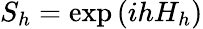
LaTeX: S_{h}=\exp\left(ihH_{h}\right)